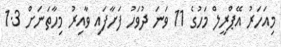
މިއަހަރު އޭޕްރީލް މަހުގެ 11 ވަނަ ދުވަހު ފަށާފައި ވާއިރު މިހާތަނަށް 1.3